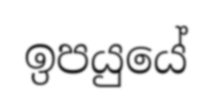
ඉපයුයේ